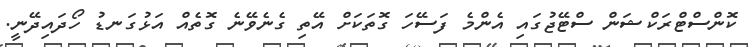
ކޮންސްޓްރަކްޝަން ސްޓޭޖުގައި އެންމެ ފަސޭހަ ގޮތަކަށް އޭތި ގެނެވޭނެ ގޮތެއް އަޅުގަނޑު ހޯދައިދޭނީ.